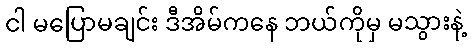
ငါ မပြောမချင်း ဒီအိမ်ကနေ ဘယ်ကိုမှ မသွားနဲ့